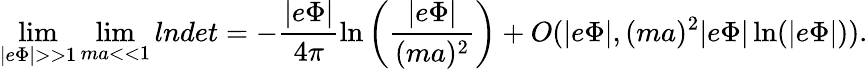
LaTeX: \operatorname*{lim}_{|e\Phi|>>1}\operatorname*{lim}_{ma<<1}lndet=-\frac{|e\Phi|}{4\pi}\ln\left(\frac{|e\Phi|}{(ma)^{2}}\right)+O(|e\Phi|,(ma)^{2}|e\Phi|\ln(|e\Phi|)).